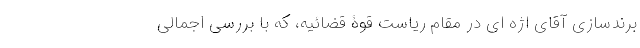
برندسازی آقای اژه ای در مقام ریاست قوّۀ قضائیه، که با بررسی اجمالی